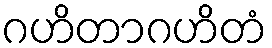
ဂဟိတာဂဟိတံ